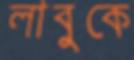
লাবুকে